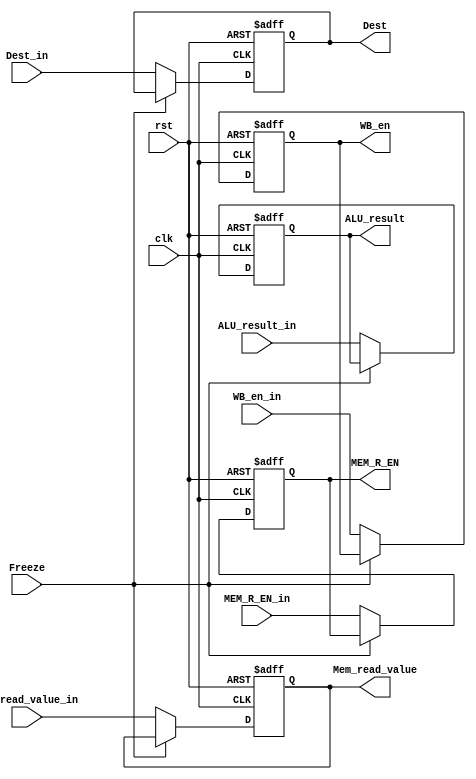
module MEM_Stage_reg(
	input clk,
	input rst,
	input WB_en_in,
	input MEM_R_EN_in,
	input[31:0] ALU_result_in,
	input[31:0] Mem_read_value_in,
	input[4:0] Dest_in,
	input Freeze,
	output reg WB_en,
	output reg MEM_R_EN,
	output reg[31:0] ALU_result,
	output reg[31:0] Mem_read_value,
	output reg[4:0] Dest
);

always @(posedge clk, posedge rst) begin
	if(rst) begin
		WB_en <= 0;
		MEM_R_EN <= 0;
		ALU_result <= 0;
		Mem_read_value <= 0;
		Dest <= 0;
	end
	else if (Freeze == 0) begin
		WB_en <= WB_en_in;
		MEM_R_EN <= MEM_R_EN_in;
		ALU_result <= ALU_result_in;
		Mem_read_value <= Mem_read_value_in;
		Dest <= Dest_in;
	end
end

endmodule